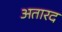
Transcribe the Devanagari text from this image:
अतारद